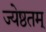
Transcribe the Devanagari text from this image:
ज्येष्ठतम्